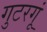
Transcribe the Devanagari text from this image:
गुटरगूं